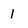
Character: 1